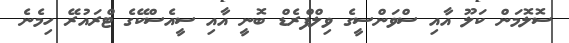
ސޮލޮމަން ކަލޫ އާއި ސްވަންސީގެ ވިލްފްރެޑް ބޮނީ އާއި ސީއެސްކޭގެ ޓްރައުރޭ ހިމެނެ